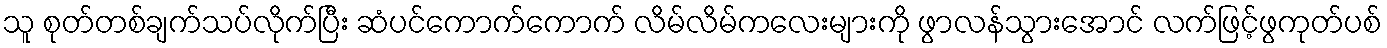
သူ စုတ်တစ်ချက်သပ်လိုက်ပြီး ဆံပင်ကောက်ကောက် လိမ်လိမ်ကလေးများကို ဖွာလန်သွားအောင် လက်ဖြင့်ဖွကုတ်ပစ်